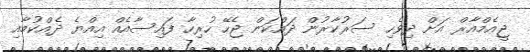
ޖީއެމްއާރް އަށް ދިވެހި ސަރުކާރުން ދައްކަން ޖެހޭ ހުރިހާ ފައިސާއެއް އިއްޔެ ދެއްކުމާއި